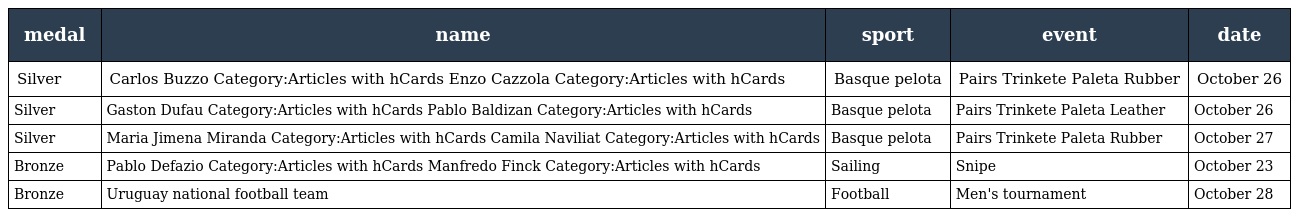
| medal | name | sport | event | date |
 | --- | --- | --- | --- | --- |
 | Silver | Carlos Buzzo Category:Articles with hCards Enzo Cazzola Category:Articles with hCards | Basque pelota | Pairs Trinkete Paleta Rubber | October 26 |
 | Silver | Gaston Dufau Category:Articles with hCards Pablo Baldizan Category:Articles with hCards | Basque pelota | Pairs Trinkete Paleta Leather | October 26 |
 | Silver | Maria Jimena Miranda Category:Articles with hCards Camila Naviliat Category:Articles with hCards | Basque pelota | Pairs Trinkete Paleta Rubber | October 27 |
 | Bronze | Pablo Defazio Category:Articles with hCards Manfredo Finck Category:Articles with hCards | Sailing | Snipe | October 23 |
 | Bronze | Uruguay national football team | Football | Men's tournament | October 28 |